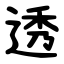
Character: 透